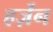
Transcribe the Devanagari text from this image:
हर्ज़ेन